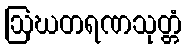
ဩဃတရဏသုတ္တံ